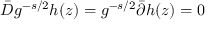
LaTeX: \bar { D } g ^ { - s / 2 } h ( z ) = g ^ { - s / 2 } \bar { \partial } h ( z ) = 0